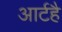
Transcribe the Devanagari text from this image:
आर्टहै